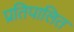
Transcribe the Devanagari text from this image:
प्रतिपालित